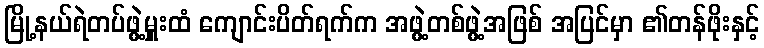
မြို့နယ်ရဲတပ်ဖွဲ့မှူးထံ ကျောင်းပိတ်ရက်က အဖွဲ့တစ်ဖွဲ့အဖြစ် အပြင်မှာ ၏တန်ဖိုးနှင့်